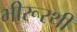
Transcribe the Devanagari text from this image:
भीरूरथी